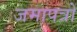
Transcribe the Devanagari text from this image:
जमापत्रों